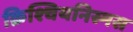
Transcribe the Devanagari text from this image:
क्रिश्चियनिस्मस